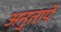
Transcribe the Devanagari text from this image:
अनुतापे